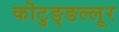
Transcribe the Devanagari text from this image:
कॊटुङ्ङल्लूर